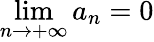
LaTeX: \operatorname*{lim}_{n\rightarrow+\infty}a_{n}=0